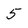
Character: 5